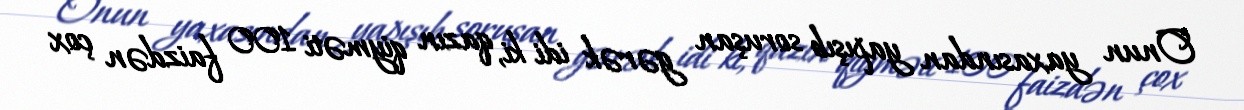
Onun yaxasından yapışıb soruşan gərək idi ki, qazın qiyməti 100 faizdən çox